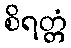
စိရတ္တံ